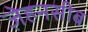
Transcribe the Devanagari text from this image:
ज़ेहनसीब